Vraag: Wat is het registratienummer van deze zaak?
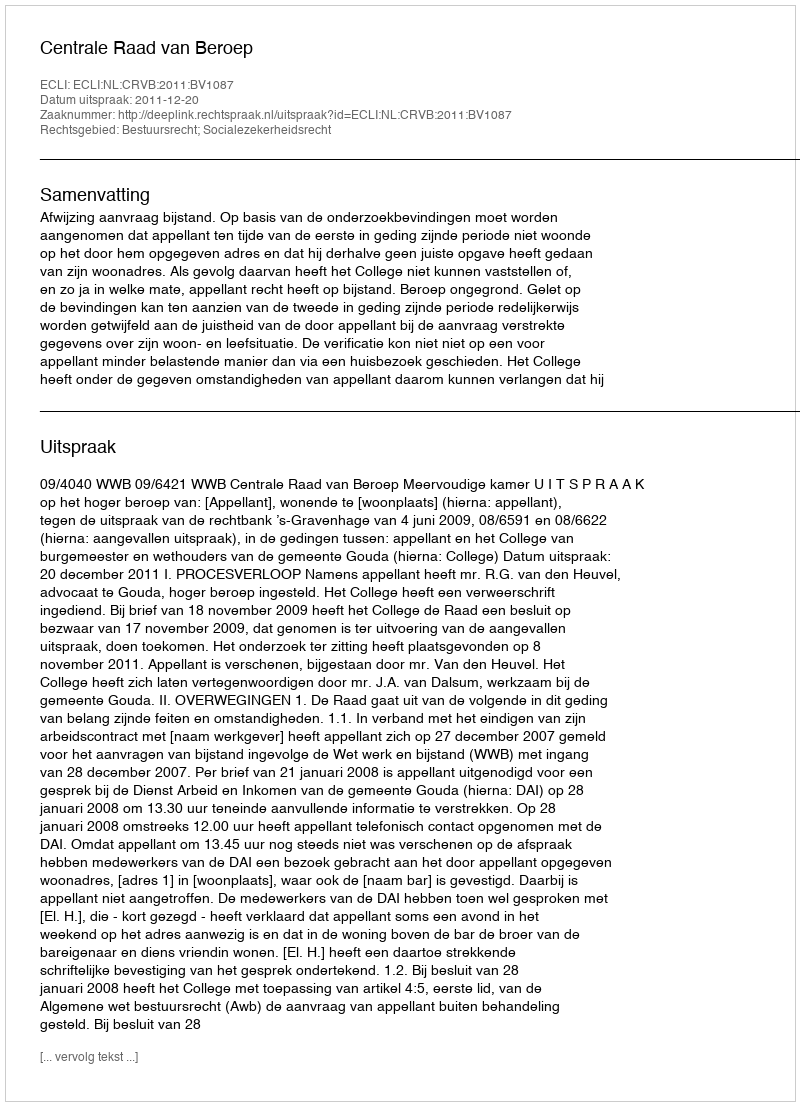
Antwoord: http://deeplink.rechtspraak.nl/uitspraak?id=ECLI:NL:CRVB:2011:BV1087